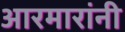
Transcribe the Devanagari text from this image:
आरमारांनी